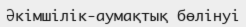
Әкімшілік-аумақтық бөлінуі